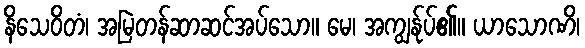
နိသေဝိတံ၊ အမြဲတန်ဆာဆင်အပ်သော။ မေ၊ အကျွန်ုပ်၏။ ယာသောဏိ၊